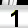
Digit: 1